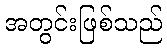
အတွင်းဖြစ်သည်